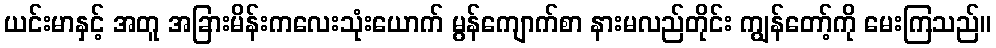
ယင်းမာနှင့် အတူ အခြားမိန်းကလေးသုံးယောက် မွန်ကျောက်စာ နားမလည်တိုင်း ကျွန်တော့်ကို မေးကြသည်။